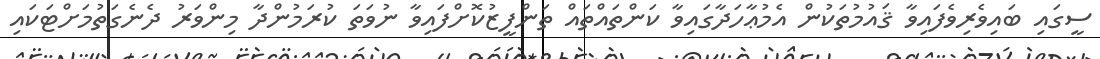
ސީގައި ބައިވެރިވެފައިވާ ޤައުމުތަކުން އެމުޢާހަދާގައިވާ ކަންތައްތައް ތަންފީޒުކޮށްފައިވާ ނުވަތަ ކުރަމުންދާ މިންވަރު ދެނެގަތުމަށްޓަކައި